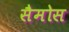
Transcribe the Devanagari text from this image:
सैमोस